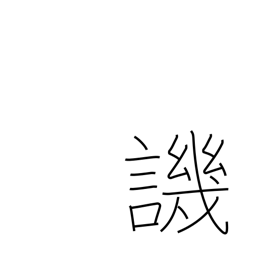
Meaning: criticize